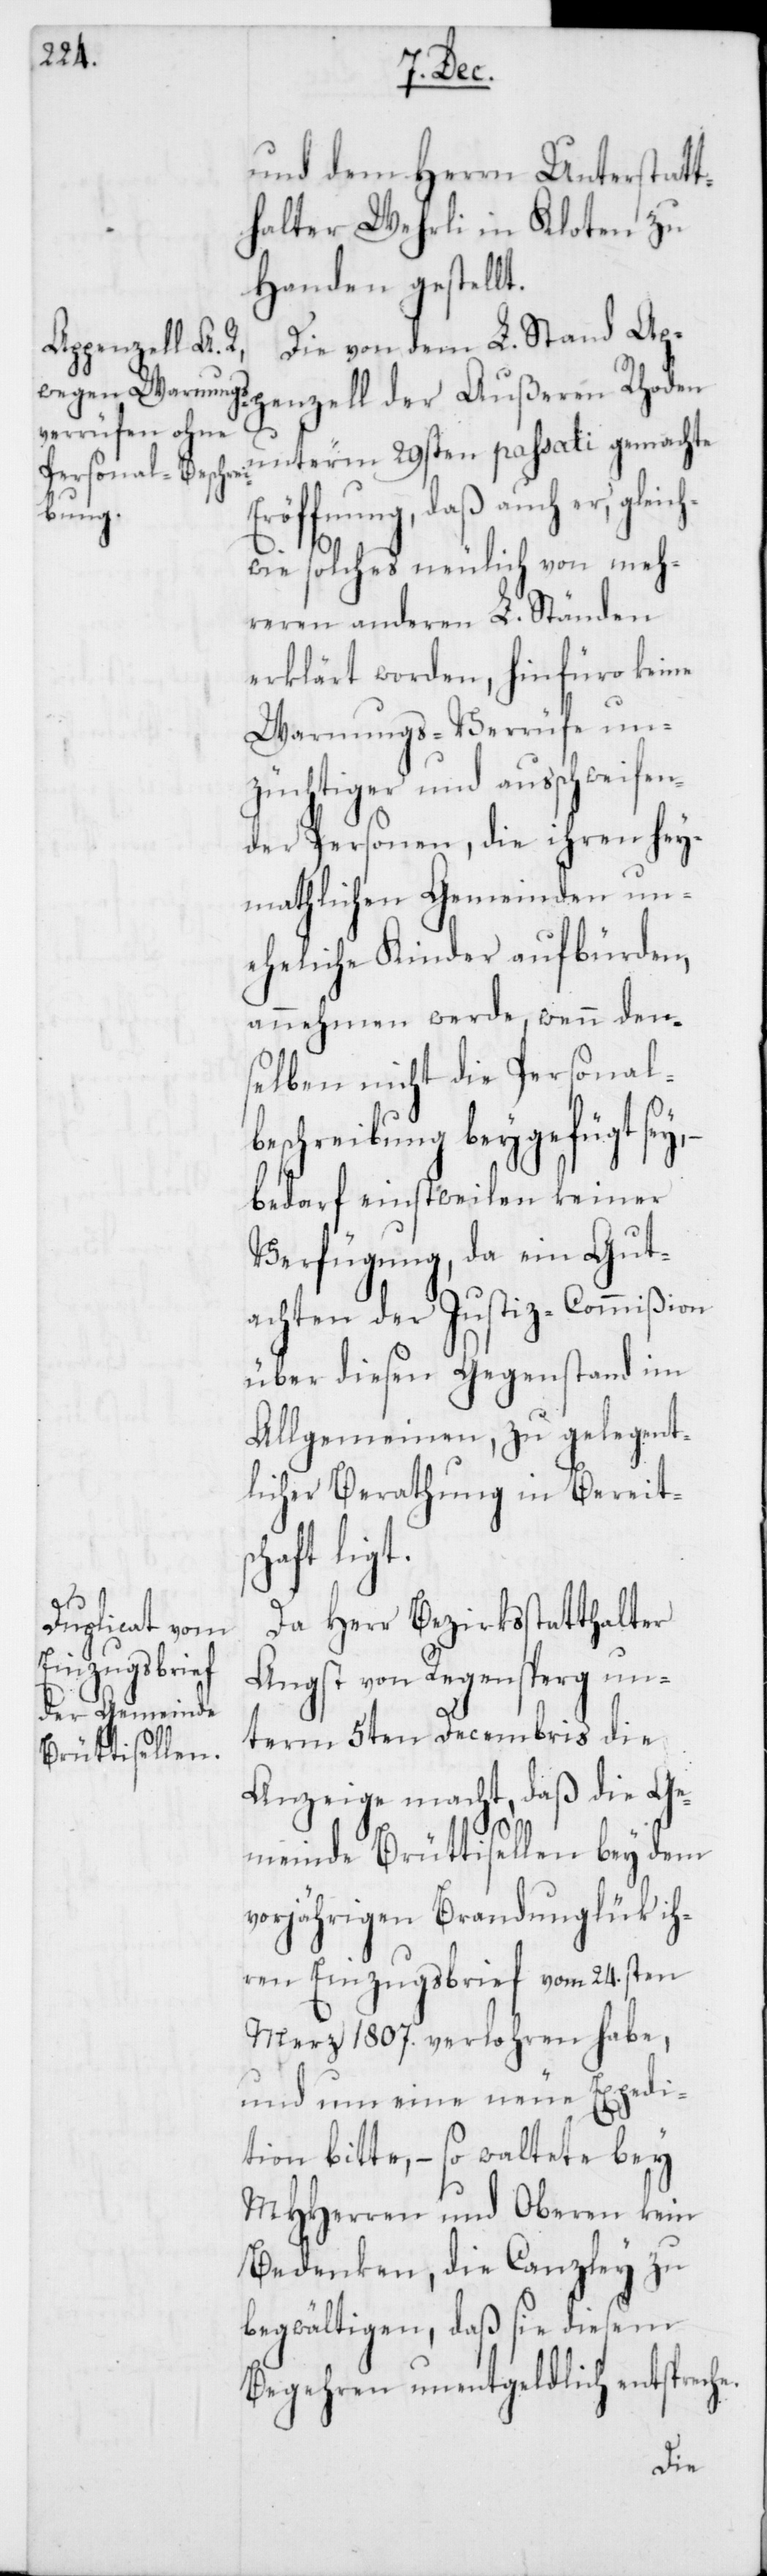
ch¬
und dem Herrn Unterstatt¬
halter Wehrli in Kloten zu
Handen gestellt.
Die von dem L. Stand A¬
ppenzell der
Eröffnung, daß auch er, glei¬
wie solches neulich von meh¬
reren anderen L. Ständen
erklärt worden, hinfüro keine
Warnungs-Verrüfe un¬
züchtiger und ausschweifen¬
der Personen, die ihren hey¬
mathlichen Gemeinden un¬
eheliche Kinder aufbürden,
annehmen werde, wenn den¬
selben nicht die Personal¬
beschreibung beygefügt sey,
bedarf einstweilen keiner
Verfügung, da ein Gut¬
achten der Justiz-Commißion
über diesen Gegenstand im
Allgemeinen, zu gelegent¬
licher Berathung in Bereitsc¬
haft ligt.
Da Herr Bezirksstatthalter
Angst von Regensperg un¬
term 5ten Decembris die
Anzeige macht, daß die Ge¬
meinde Brüttisellen bey dem
vorjährigen Brandunglük ih¬
ren Einzugsbrief vom 24.sten
Merz 1807. verlohren habe,
und um eine neue Expedi¬
tion bitte, – so waltete bey
MHHerren und Oberen kein
Bedenken, die Canzley zu
begwältigen, daß sie diesem
Begehren unentgeldlich entspreche.